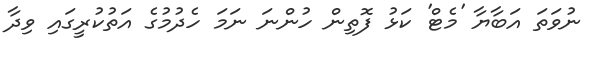
ނުވަތަ އަބާޔާ 'މެޓް' ކަޅު ފޮތިން ހުންނަ ނަމަ ހެދުމުގެ އަތުކުރީގައި ވިދާ